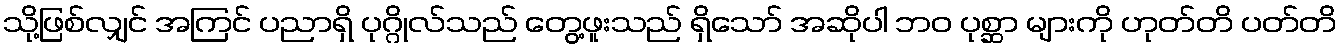
သို့ဖြစ်လျှင် အကြင် ပညာရှိ ပုဂ္ဂိုလ်သည် တွေ့ဖူးသည် ရှိသော် အဆိုပါ ဘဝ ပုစ္ဆာ များကို ဟုတ်တိ ပတ်တိ